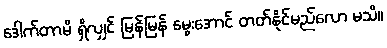
ဒေါက်တာမိ ရှိလျှင် မြန်မြန် မွေးအောင် တတ်နိုင်မည်လော မသိ။